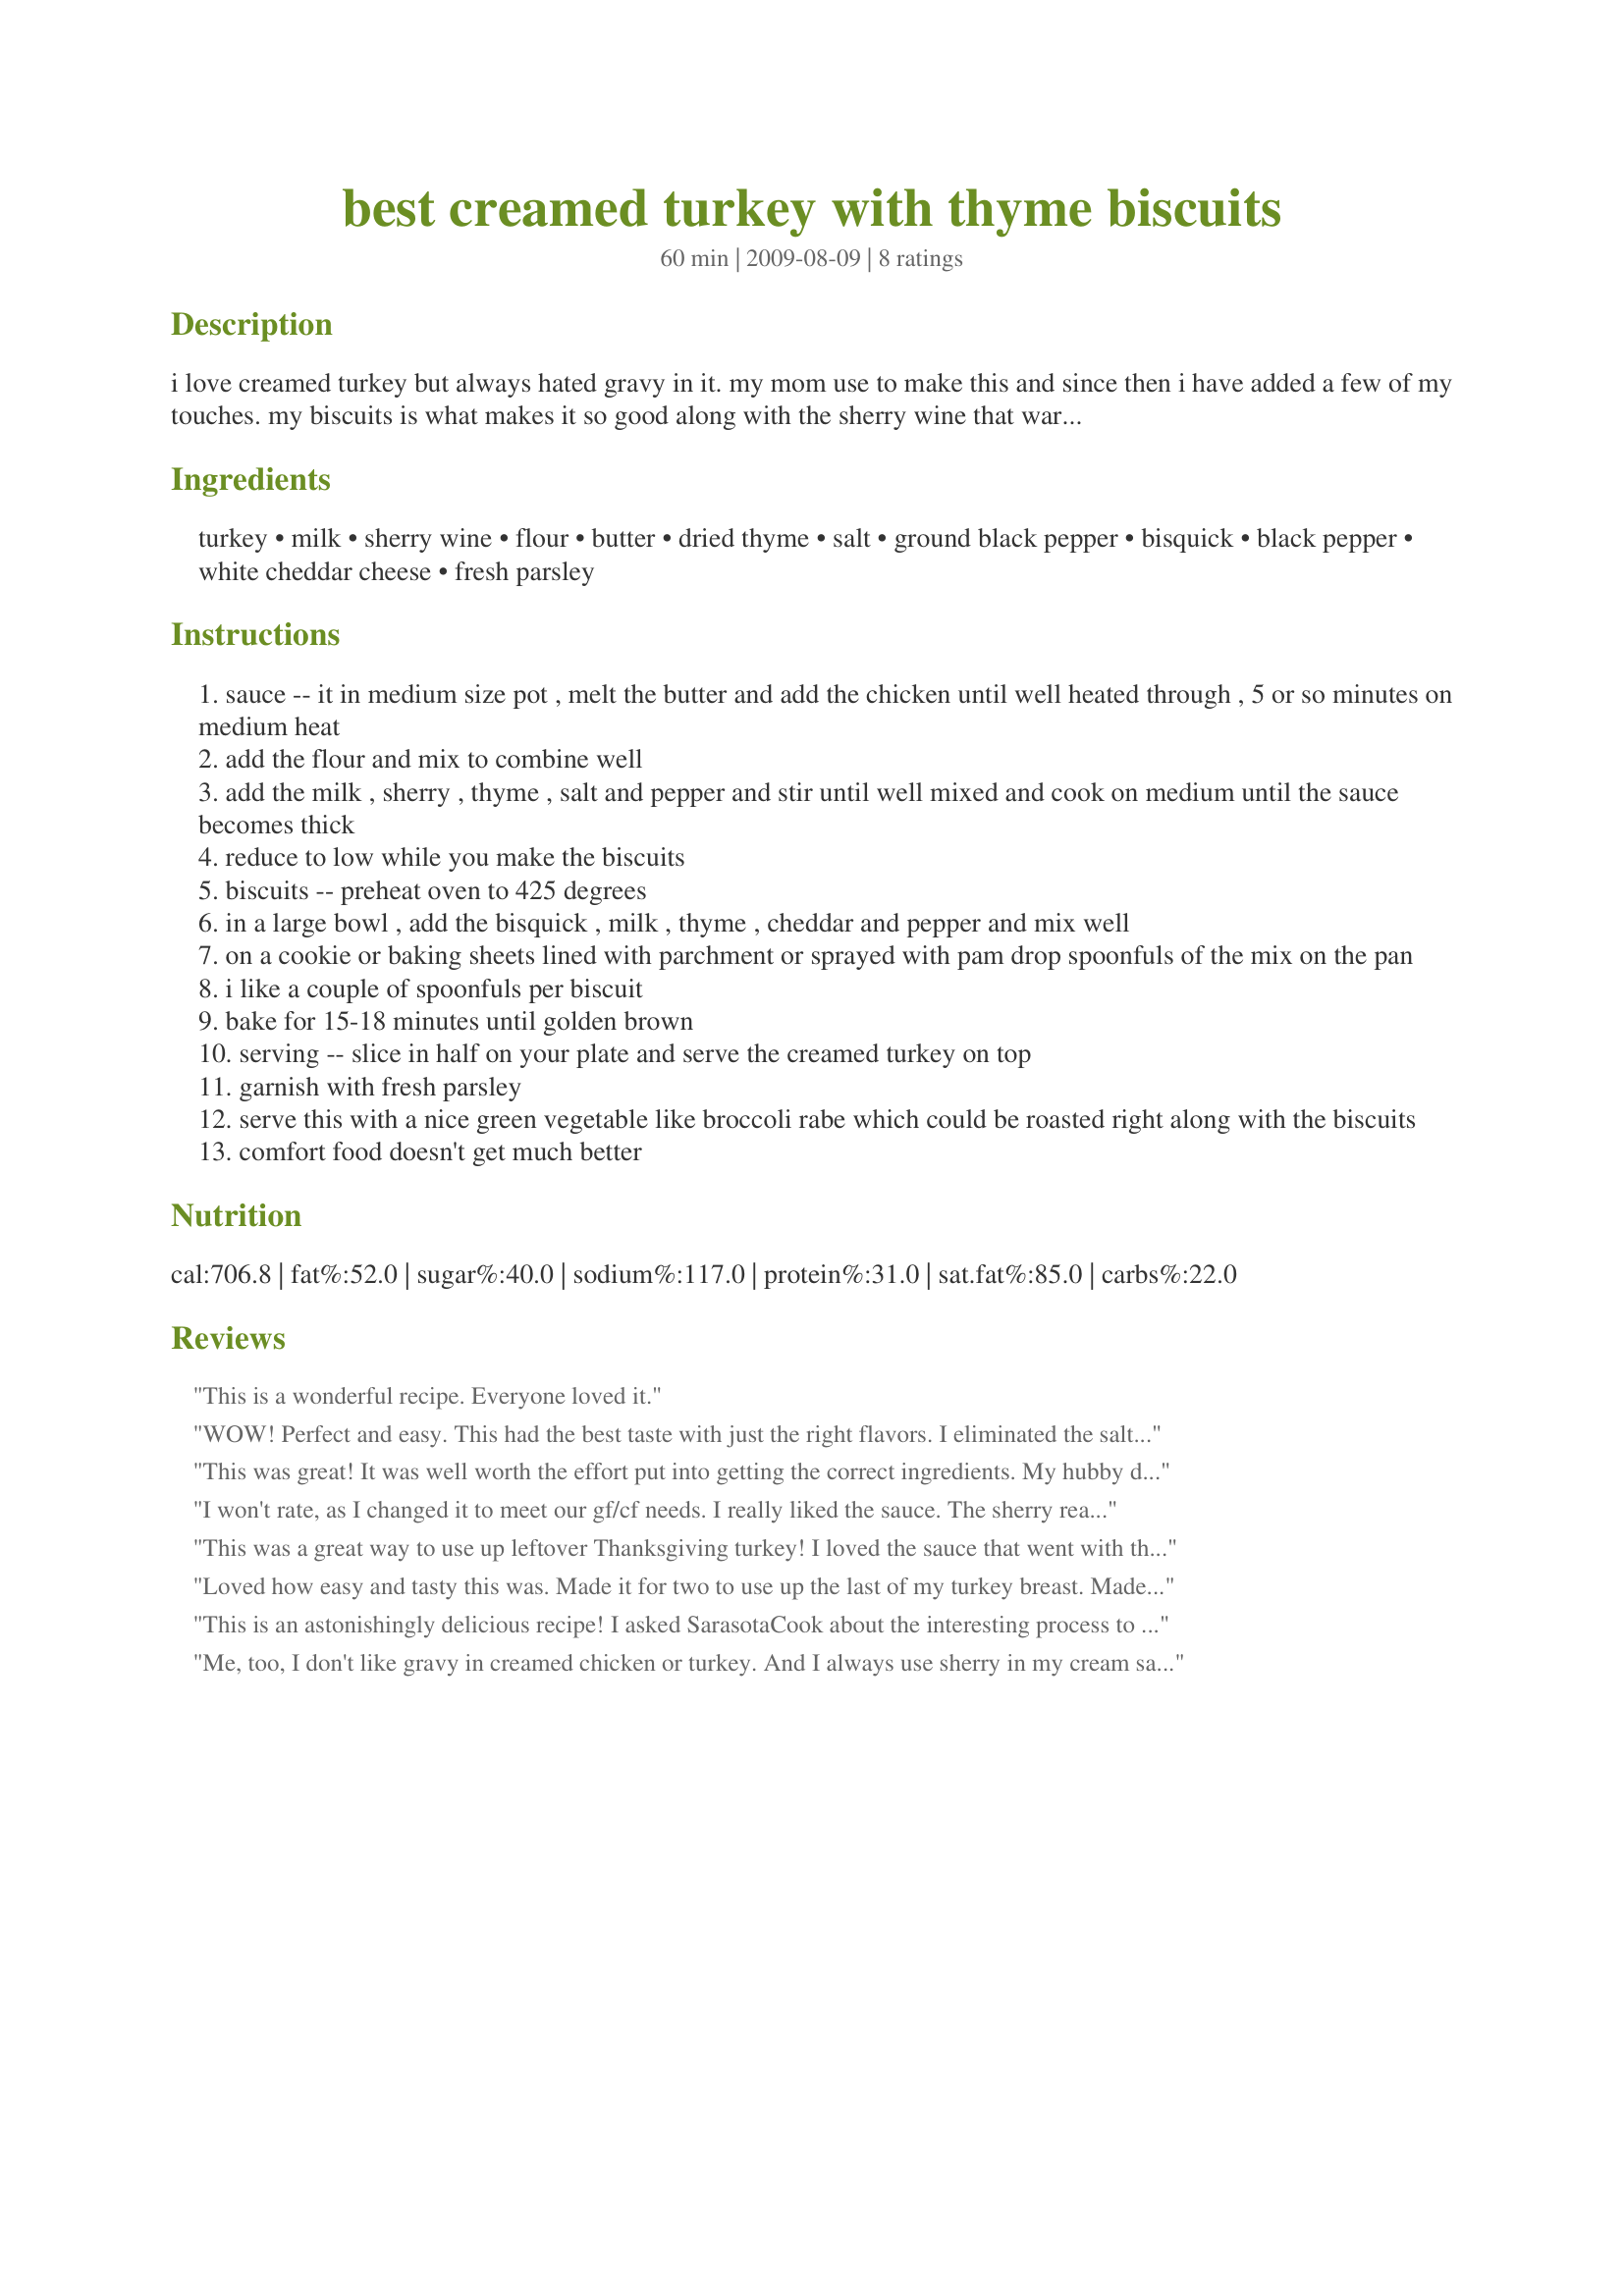
best creamed turkey with thyme biscuits
Preparation time: 60 minutes

i love creamed turkey but always hated gravy in it. my mom use to make this and since then i have added a few of my touches. my biscuits is what makes it so good along with the sherry wine that warms up the sauce.

Ingredients:
turkey, milk, sherry wine, flour, butter, dried thyme, salt, ground black pepper, bisquick, black pepper, white cheddar cheese, fresh parsley

Steps:
sauce -- it in medium size pot , melt the butter and add the chicken until well heated through , 5 or so minutes on medium heat
add the flour and mix to combine well
add the milk , sherry , thyme , salt and pepper and stir until well mixed and cook on medium until the sauce becomes thick
reduce to low while you make the biscuits
biscuits -- preheat oven to 425 degrees
in a large bowl , add the bisquick , milk , thyme , cheddar and pepper and mix well
on a cookie or baking sheets lined with parchment or sprayed with pam drop spoonfuls of the mix on the pan
i like a couple of spoonfuls per biscuit
bake for 15-18 minutes until golden brown
serving -- slice in half on your plate and serve the creamed turkey on top
garnish with fresh parsley
serve this with a nice green vegetable like broccoli rabe which could be roasted right along with the biscuits
comfort food doesn't get much better

Reviews:
This is a wonderful recipe. Everyone loved it.
WOW! Perfect and easy. This had the best taste with just the right flavors. I eliminated the salt, used unsalted butter and Heart Smart Bisquick due to sodium restrictions but I'm sure it made no difference. I have leftover biscuits which I wrapped and put in the freezer to use with some leftover cooked chicken next time.
This was great! It was well worth the effort put into getting the correct ingredients. My hubby didnt love it, but said it was good. My son and I gobbled it up! The biscuits were very good also. Just a hint of thyme made them savory. Thanks for a great recipe! I definately have left overs to take to work, and I am sure its going to warm up just great. Thanks Sarasota!
I won't rate, as I changed it to meet our gf/cf needs. I really liked the sauce. The sherry really makes it. My kids did not like the dish, but it may have been the drop biscuits I made. Here's what I did: I used half chicken broth, half milk, also Earth Balance and coconut oil. 1/2 tsp thyme, 1 tsp (or less) salt, less pepper, and a gf biscuit mix that I dropped onto the chicken mixture and baked the whole thing for 20 minutes at 350Â°. I really liked it. If I make again, I may reduce the sherry a bit and attempt to make regular biscuits to go with it (it's a challenge making gf biscuits).
This was a great way to use up leftover Thanksgiving turkey! I loved the sauce that went with the turkey. The biscuits were a bit too peppery and not quite cheesy enough for my tastes. Next time, I would double the cheese and decrease the pepper in the biscuits by half. Wouldn't change a thing about the creamed turkey though. Thanks for a great recipe!
Loved how easy and tasty this was. Made it for two to use up the last of my turkey breast. Made the biscuits using Recipe #372456 but adding the thyme and cheese. Turned out so good.
This is an astonishingly delicious recipe! I asked SarasotaCook about the interesting process to make it and she "this is how my Mom made it". Since Mom Knows Best, I followed the instructions exactly and it turned out flawless! It was so well-received by my family that they begged me to make it the next evening: how can you turn down a request like that? The 2nd time I added shittake mushrooms and served it over baked potatoes but the thyme biscuits initially made were incredible. The thyme and sherry are such a superb combination together; this proves that you can have simple ingredients turn into a sublime meal. :)
Me, too, I don't like gravy in creamed chicken or turkey. And I always use sherry in my cream sauces; it does enhance the taste. For a slightly different flavor, Marsala works too. And this is the process I have always used, with the addition of onions and fresh mushrooms to the butter before I add the turkey. Tarragon adds to the flavor. Only thing different: I don't use Bisquick, have my own recipe, Cloud Biscuits, which goes together almost as quickly and they are really really good. Didn't add the cheese though. So, all-in-all, a good recipe and actually a very good lesson in making a cream sauce. Sarasota, thanks for posting . . . Janet
